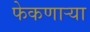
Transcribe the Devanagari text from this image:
फेकणार्‍या